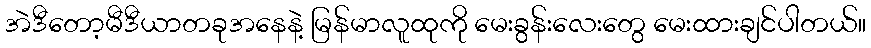
အဲဒီတော့မီဒီယာတခုအနေနဲ့ မြန်မာလူထုကို မေးခွန်းလေးတွေ မေးထားချင်ပါတယ်။